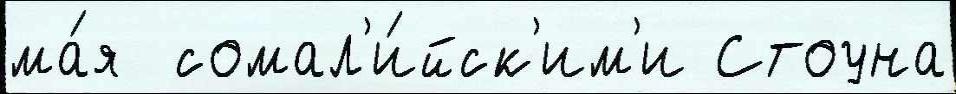
ма́я  сомал'и́йск'им'и Стоуна